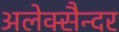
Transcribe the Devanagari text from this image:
अलेक्सैन्दर